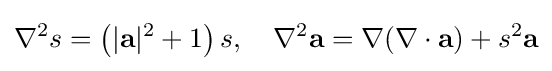
\displaystyle \nabla ^{2}s=\left(|\mathbf {a} |^{2}+1\right)s,\quad \nabla ^{2}\mathbf {a} =\nabla (\nabla \cdot \mathbf {a} )+s^{2}\mathbf {a}